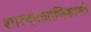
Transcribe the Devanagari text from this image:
शास्त्रप्रामाणिकास्ते